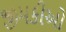
જીમકીઓ